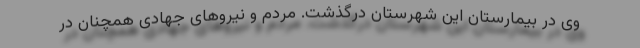
وی در بیمارستان این شهرستان درگذشت. مردم و نیروهای جهادی همچنان در